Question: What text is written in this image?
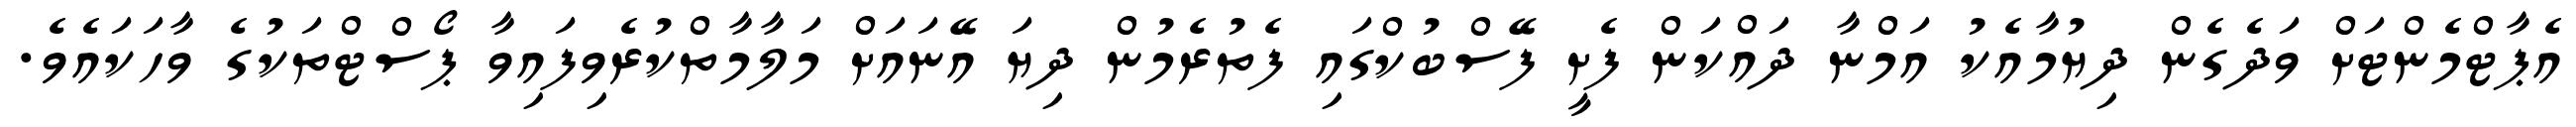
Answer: އެޕާޓްމެންޓަށް ވަދެގެން ދިޔުމާއެކު އަމްނާ ދައްކަން ފެށީ ފޭސްބުކްގައި ފެތުރެމުން ދިޔަ އޭނައަށް މަލާމާތްކުރެވިފައިވާ ޕޯސްޓްތަކުގެ ވާހަކައެވެ.